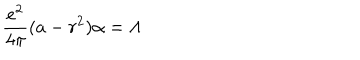
LaTeX: { \frac { e ^ { 2 } } { 4 \pi } } ( a - r ^ { 2 } ) \alpha = \Lambda